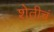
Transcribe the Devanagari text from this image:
शेतीचं